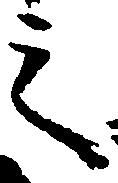
之